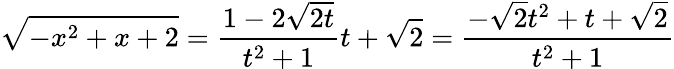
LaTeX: {\sqrt{-x^{2}+x+2}}={\frac{1-2{\sqrt{2t}}}{t^{2}+1}}t+{\sqrt{2}}={\frac{-{\sqrt{2}}t^{2}+t+{\sqrt{2}}}{t^{2}+1}}